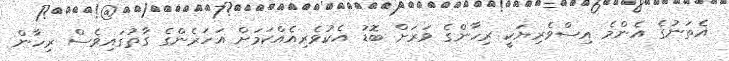
އެތަނުގެ އެންމެ އިސްވެރިޔަކީ ރިހާންގެ ވަރަށް ބޮޑު އެކުވެރިއެއްކަމަށް އަހަރެންގެ ގާތުގައިވެސް ރިހާން